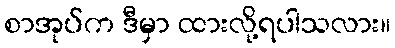
စာအုပ်က ဒီမှာ ထားလို့ရပါသလား။